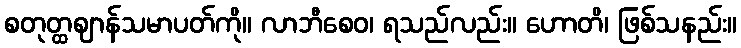
စတုတ္ထဈာန်သမာပတ်ကို။ လာဘီစေဝ၊ ရသည်လည်း။ ဟောတိ၊ ဖြစ်သနည်း။